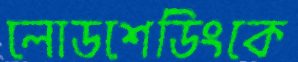
লোডশেডিংকে